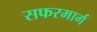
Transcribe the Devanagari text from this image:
सफरमार्ग